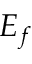
E _ { f }